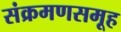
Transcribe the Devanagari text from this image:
संक्रमणसमूह